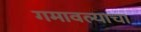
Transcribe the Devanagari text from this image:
गमावल्याचा